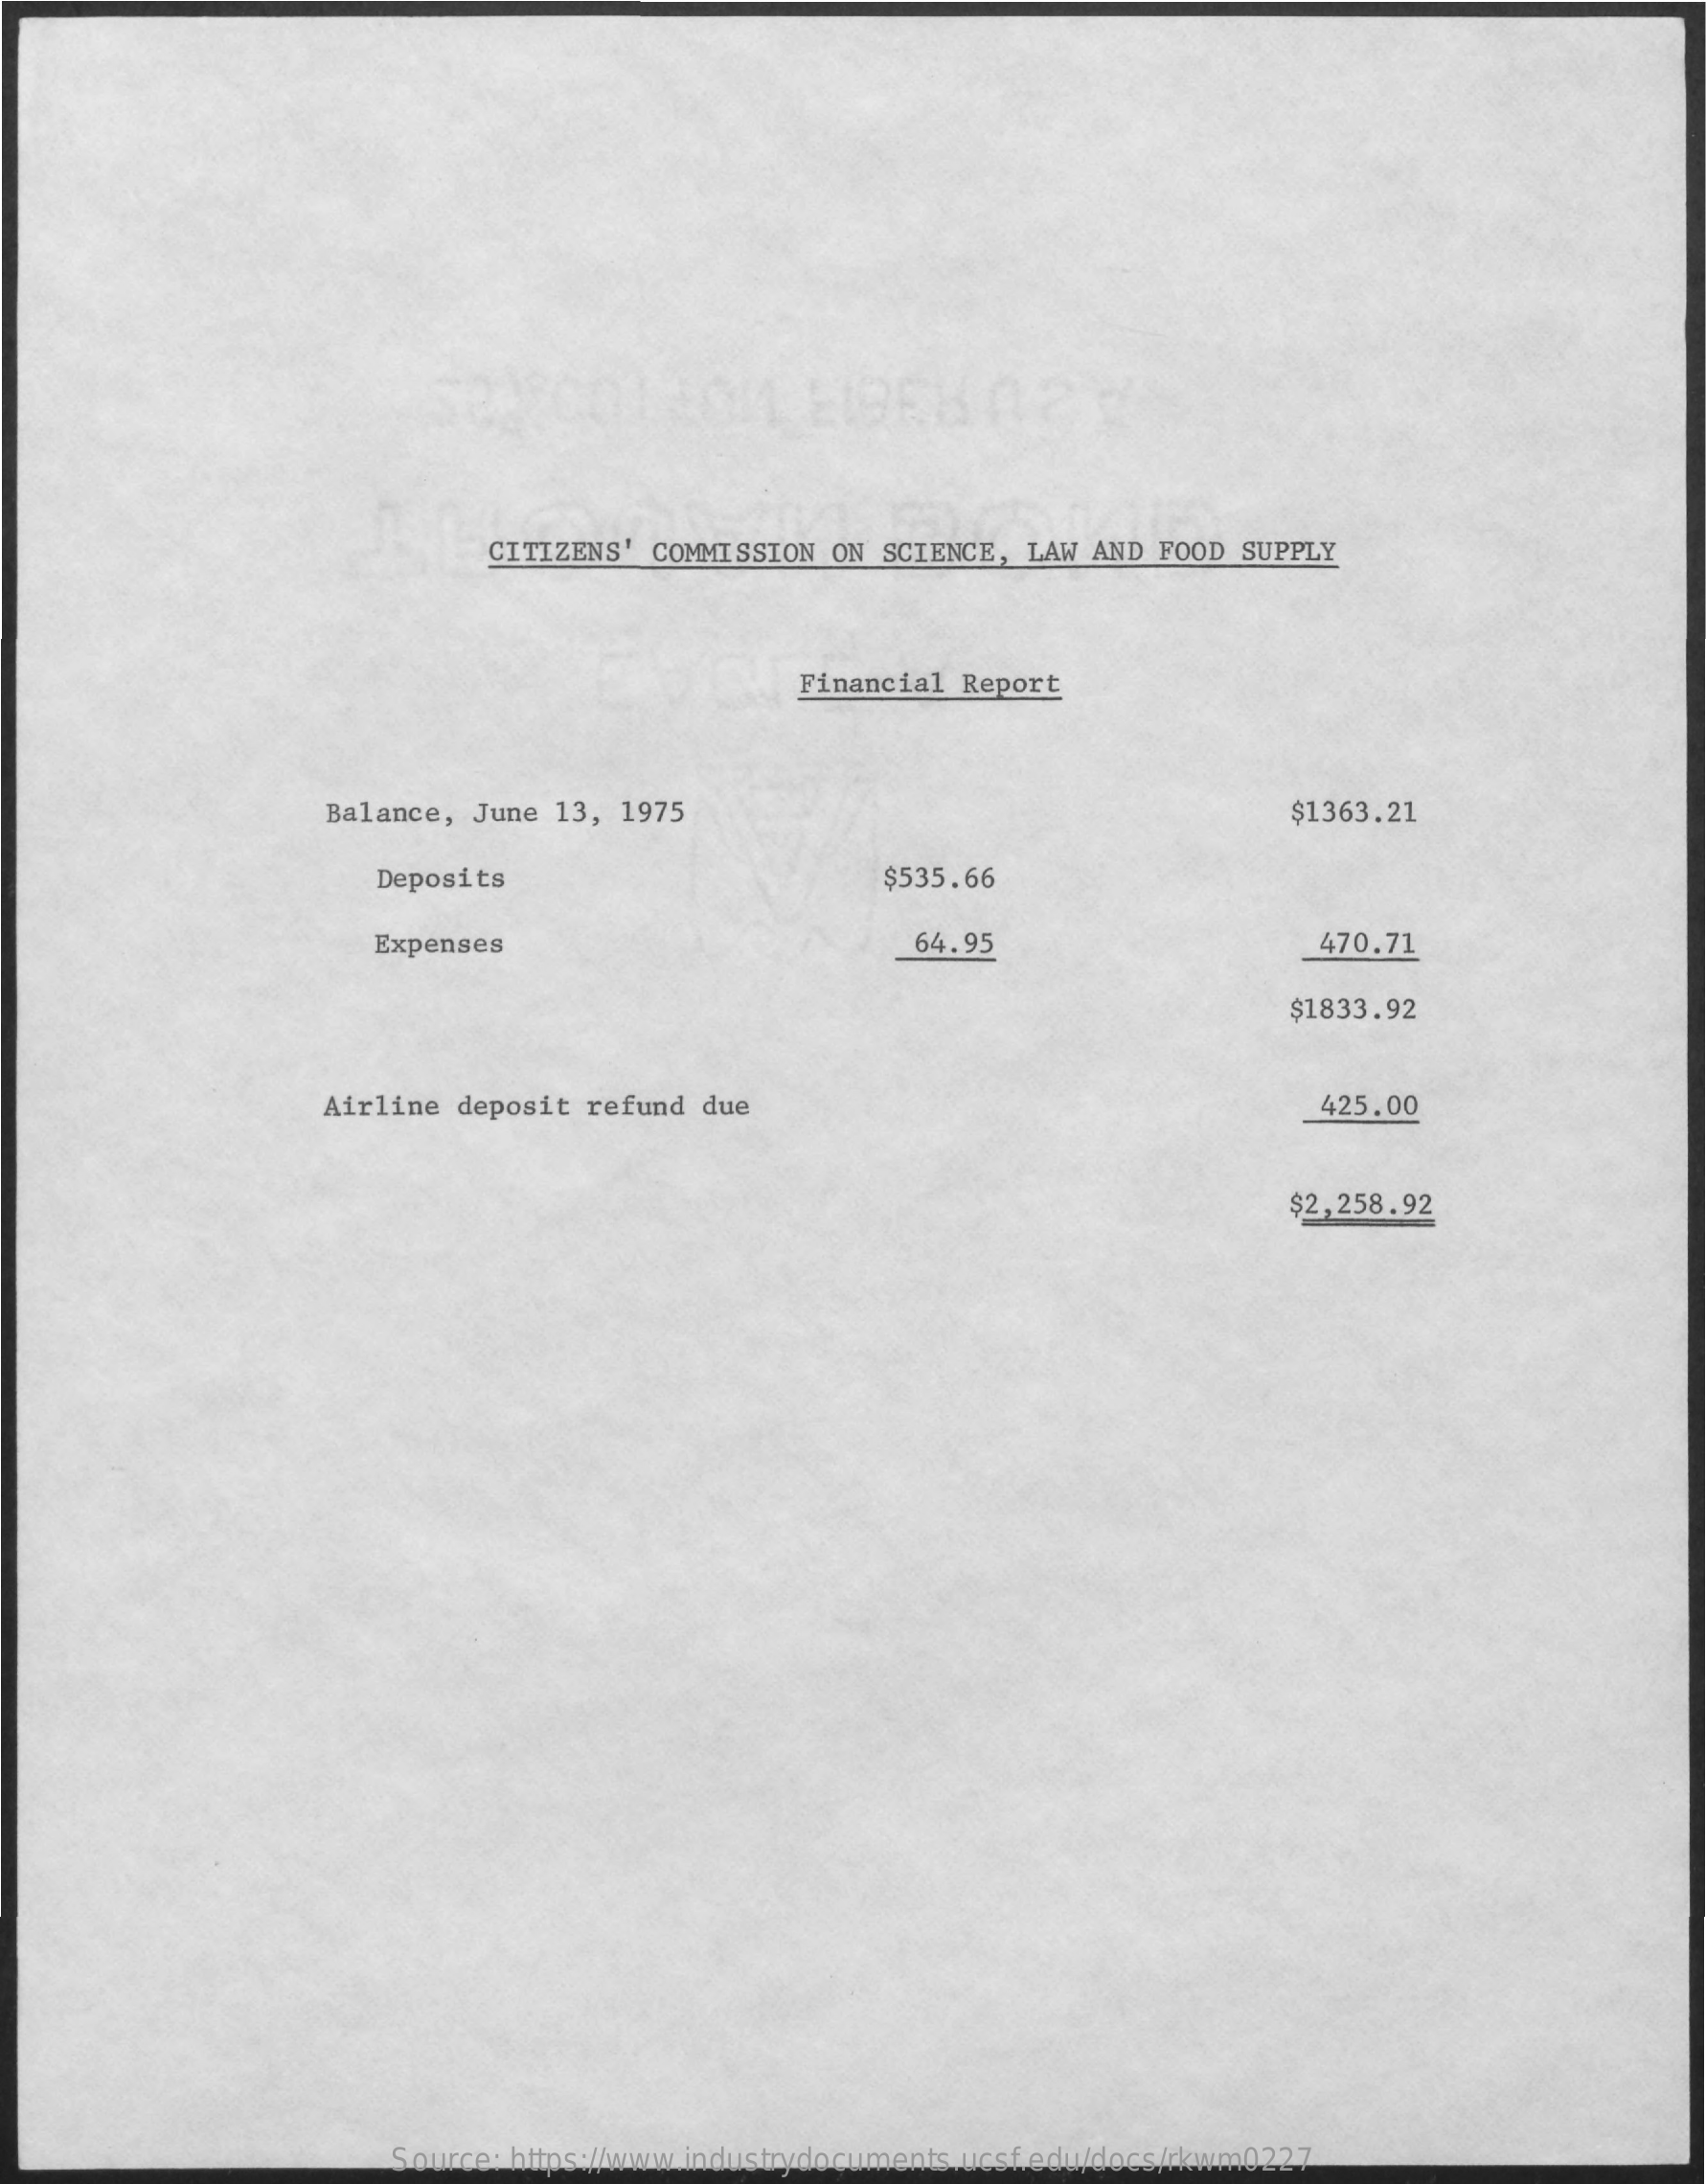
CITIZENS' COMMISSION ON  SCIENCE, LAW AND FOOD  SUPPLY
     Financial  Report
     Balance, June  13, 1975    $1363.21
     Deposits    $535.66
     Expenses    64.95    470.71
     $1833.92
     Airline deposit  refund due    425.00
     $2,258.92
     Source: https://www.industrydocuments.ucsf.edu/docs/rkwm0227